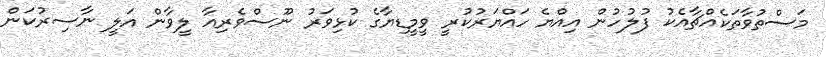
މަސްތުވާތަކެއްޗާއެކު ފުލުހުން އިއްޔެ ހައްޔަރުކުރީ ވީމީޑިޔާގެ ކުޅިވަރު ނޫސްވެރިއާ ލީވާން އަލީ ނާސިރުކަން